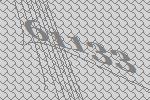
61133